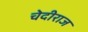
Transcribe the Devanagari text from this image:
चेदीराज